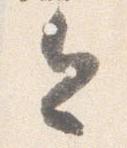
今